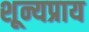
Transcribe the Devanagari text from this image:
शून्यप्राय